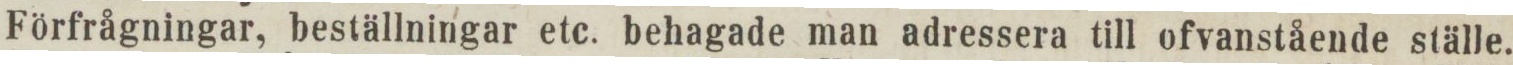
Förfrågningar, beställningar etc. behagade man adressera till ofvanstående ställe.